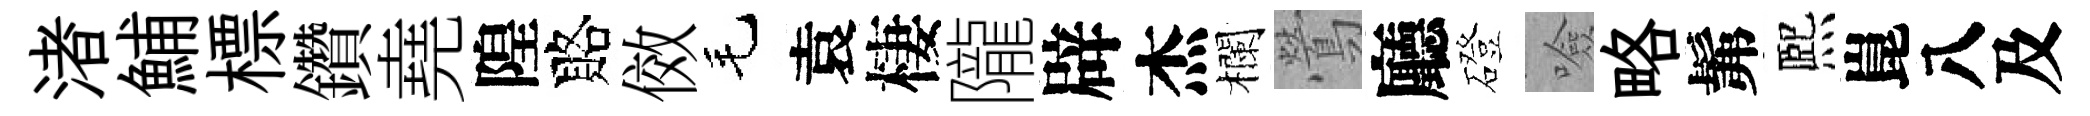
渚鯆標鑽堯隍賂傚毛袁棲隴辟杰欄鶯廳磴噞略髴熈崑八及